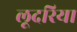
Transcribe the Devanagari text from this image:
लूदरिया